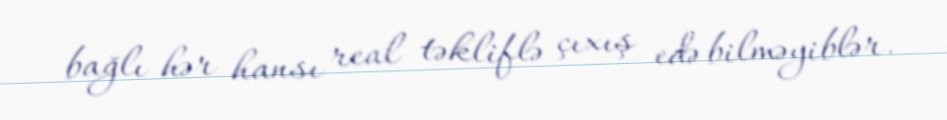
bağlı hər hansı real təkliflə çıxış edə bilməyiblər.